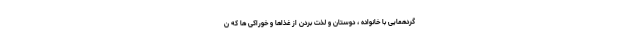
گردهمایی با خانواده ، دوستان و لذت بردن از غذاها و خوراکی ها که ن